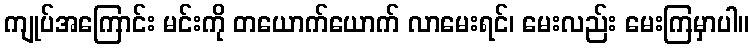
ကျုပ်အကြောင်း မင်းကို တယောက်ယောက် လာမေးရင်၊ မေးလည်း မေးကြမှာပါ။